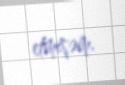
etmişəm.